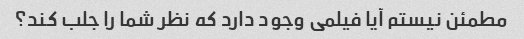
مطمئن نیستم آیا فیلمی وجود دارد که نظر شما را جلب کند؟